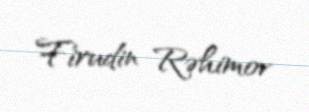
Firudin Rəhimov